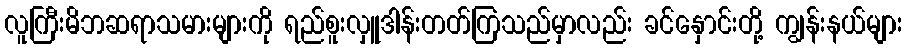
လူကြီးမိဘဆရာသမားများကို ရည်စူးလှူဒါန်းတတ်ကြသည်မှာလည်း ခင်နှောင်းတို့ ကျွန်းနယ်များ